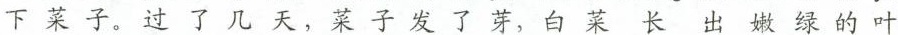
下菜子。过了几天，菜子发了芽，白菜长出嫩绿的叶